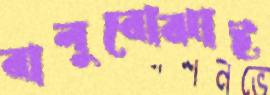
বালুবোঝাই